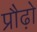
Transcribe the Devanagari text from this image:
प्रौढ़ो